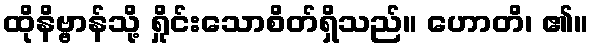
ထိုနိဗ္ဗာန်သို့ ရှိုင်းသောစိတ်ရှိသည်။ ဟောတိ၊ ၏။